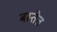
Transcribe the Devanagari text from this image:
बस्तेत